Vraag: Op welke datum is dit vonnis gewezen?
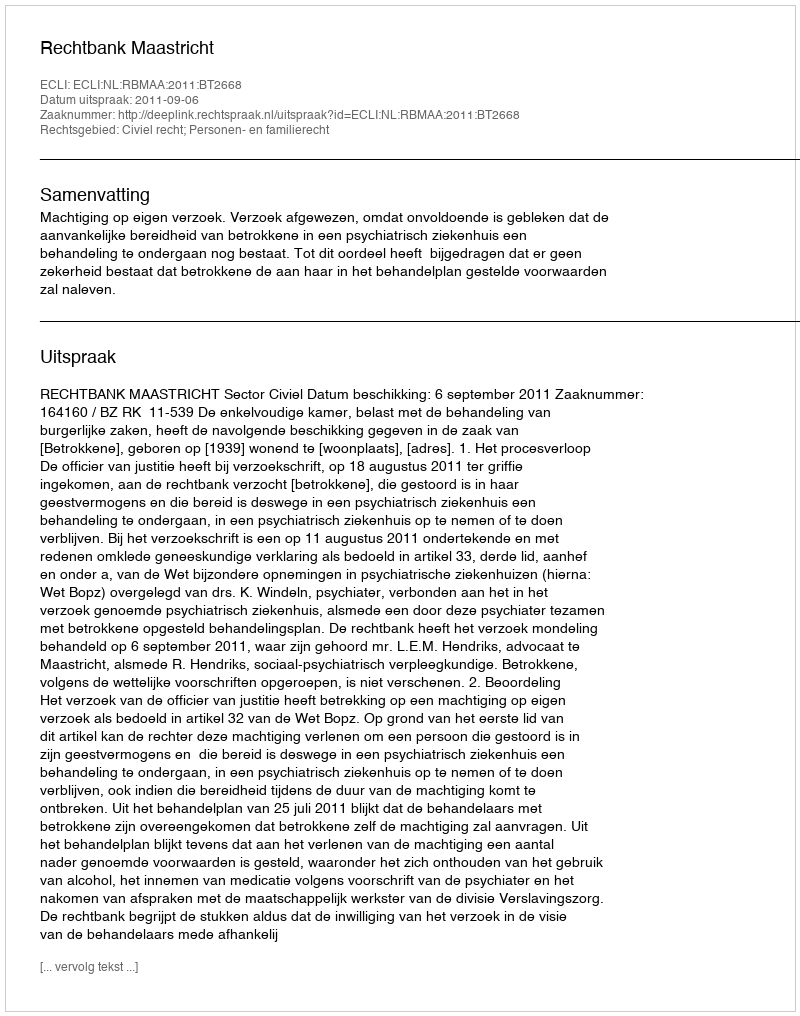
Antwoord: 2011-09-06